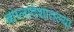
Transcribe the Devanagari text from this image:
बांग्लादेशातल्या